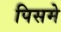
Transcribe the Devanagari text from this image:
पिसमे